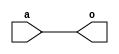
module is_odd(
	input  a,
	output o
);

assign o = a;

endmodule